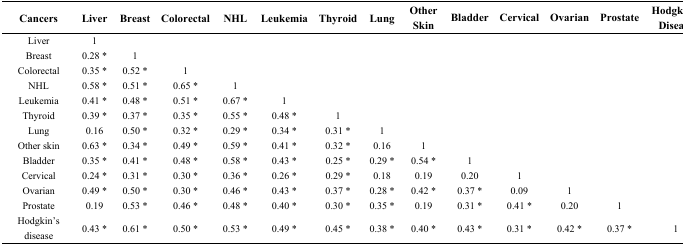
<table><thead><tr><td><b>Cancers</b></td><td><b>Liver</b></td><td><b>Breast</b></td><td><b>Colorectal</b></td><td><b>NHL</b></td><td><b>Leukemia</b></td><td><b>Thyroid</b></td><td><b>Lung</b></td><td><b>Other Skin</b></td><td><b>Bladder</b></td><td><b>Cervical</b></td><td><b>Ovarian</b></td><td><b>Prostate</b></td><td><b>Hodgkin’s Disease</b></td></tr></thead><tbody><tr><td>Liver</td><td>1</td><td></td><td></td><td></td><td></td><td></td><td></td><td></td><td></td><td></td><td></td><td></td><td></td></tr><tr><td>Breast</td><td>0.28 *</td><td>1</td><td></td><td></td><td></td><td></td><td></td><td></td><td></td><td></td><td></td><td></td><td></td></tr><tr><td>Colorectal</td><td>0.35 *</td><td>0.52 *</td><td>1</td><td></td><td></td><td></td><td></td><td></td><td></td><td></td><td></td><td></td><td></td></tr><tr><td>NHL</td><td>0.58 *</td><td>0.51 *</td><td>0.65 *</td><td>1</td><td></td><td></td><td></td><td></td><td></td><td></td><td></td><td></td><td></td></tr><tr><td>Leukemia</td><td>0.41 *</td><td>0.48 *</td><td>0.51 *</td><td>0.67 *</td><td>1</td><td></td><td></td><td></td><td></td><td></td><td></td><td></td><td></td></tr><tr><td>Thyroid</td><td>0.39 *</td><td>0.37 *</td><td>0.35 *</td><td>0.55 *</td><td>0.48 *</td><td>1</td><td></td><td></td><td></td><td></td><td></td><td></td><td></td></tr><tr><td>Lung</td><td>0.16</td><td>0.50 *</td><td>0.32 *</td><td>0.29 *</td><td>0.34 *</td><td>0.31 *</td><td>1</td><td></td><td></td><td></td><td></td><td></td><td></td></tr><tr><td>Other skin</td><td>0.63 *</td><td>0.34 *</td><td>0.49 *</td><td>0.59 *</td><td>0.41 *</td><td>0.32 *</td><td>0.16</td><td>1</td><td></td><td></td><td></td><td></td><td></td></tr><tr><td>Bladder</td><td>0.35 *</td><td>0.41 *</td><td>0.48 *</td><td>0.58 *</td><td>0.43 *</td><td>0.25 *</td><td>0.29 *</td><td>0.54 *</td><td>1</td><td></td><td></td><td></td><td></td></tr><tr><td>Cervical</td><td>0.24 *</td><td>0.31 *</td><td>0.30 *</td><td>0.36 *</td><td>0.26 *</td><td>0.29 *</td><td>0.18</td><td>0.19</td><td>0.20</td><td>1</td><td></td><td></td><td></td></tr><tr><td>Ovarian</td><td>0.49 *</td><td>0.50 *</td><td>0.30 *</td><td>0.46 *</td><td>0.43 *</td><td>0.37 *</td><td>0.28 *</td><td>0.42 *</td><td>0.37 *</td><td>0.09</td><td>1</td><td></td><td></td></tr><tr><td>Prostate</td><td>0.19</td><td>0.53 *</td><td>0.46 *</td><td>0.48 *</td><td>0.40 *</td><td>0.30 *</td><td>0.35 *</td><td>0.19</td><td>0.31 *</td><td>0.41 *</td><td>0.20</td><td>1</td><td></td></tr><tr><td>Hodgkin’s disease</td><td>0.43 *</td><td>0.61 *</td><td>0.50 *</td><td>0.53 *</td><td>0.49 *</td><td>0.45 *</td><td>0.38 *</td><td>0.40 *</td><td>0.43 *</td><td>0.31 *</td><td>0.42 *</td><td>0.37 *</td><td>1</td></tr></tbody></table>